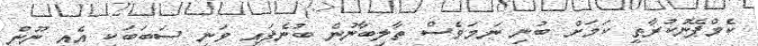
ކެމްޕޭނުކުރާތީ ކަމަށް ބުނި ނަމަވެސް ތާލިބާނުން ބުނެފައި ވަނީ ސަބަބަކީ އެއީ ނޫން